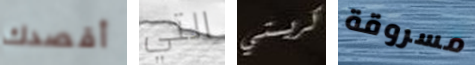
أقصدك التي كريستي مسروقة